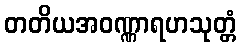
တတိယအဝဏ္ဏာရဟသုတ္တံ